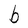
Character: b